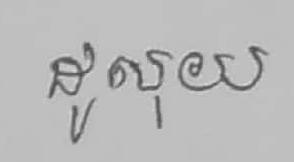
ដូលុយ